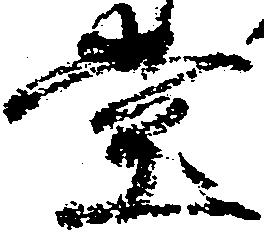
堂